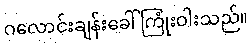
ဂလောင်းချန်းခေါ် ကြုံးဝါးသည်။